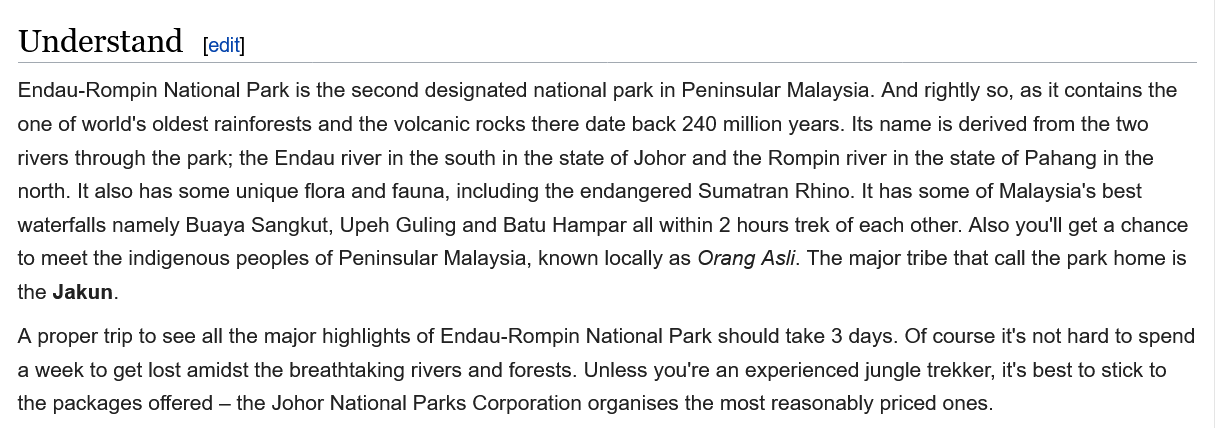
Understand
  Endau-Rompin  National Park is the second designated national park in Peninsular Malaysia. And rightly so, as it contains the
  one of world's oldest rainforests and the volcanic rocks there date back 240 million years. Its name is derived from the two
  rivers through the park; the Endau river in the south in the state of Johor and the Rompin river in the state of Pahang in the
  north. It also has some unique flora and fauna, including the endangered Sumatran Rhino. It has some of Malaysia's best
  waterfalls namely Buaya Sangkut, Upeh Guling and Batu Hampar all within 2 hours trek of each other. Also you'll get a chance
  to meet the indigenous peoples of Peninsular Malaysia, known locally as Orang As/i. The major tribe that call the park home is
  the Jakun.
  A proper trip to see all the major highlights of Endau-Rompin National Park should take 3 days. Of course it's not hard to spend
  a week to get lost amidst the breathtaking rivers and forests. Unless you're an experienced jungle trekker, it's best to stick to
  the packages offered
     —
     the Johor National Parks Corporation organises the most reasonably priced ones.
     [edit]